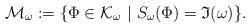
LaTeX: \begin{align*}\mathcal{M}_\omega := \{ \Phi \in \mathcal{K}_\omega \ |\ S_\omega (\Phi) = \mathfrak{I}(\omega) \}.\end{align*}